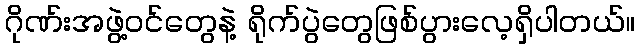
ဂိုဏ်းအဖွဲ့ဝင်တွေနဲ့ ရိုက်ပွဲတွေဖြစ်ပွားလေ့ရှိပါတယ်။